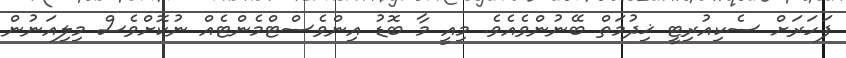
ފަހަރަށް ސެކިއުރިޓީ ޚިދުމަތް ބޭނުންވެއެވެ. މިއީ މާ ބޮޑު އިންވެސްޓްމެންޓެއް ނުކޮށްވެސް މިލިއަނުން